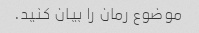
موضوع رمان را بیان کنید.